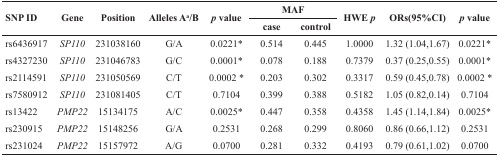
| <ROWSPAN=2> SNP ID | <ROWSPAN=2> Gene | <ROWSPAN=2> Position | <ROWSPAN=2> Alleles Aa/B | <ROWSPAN=2> p value | <COLSPAN=2> MAF | <ROWSPAN=2> HWE p | <ROWSPAN=2> ORs(95%CI) | <ROWSPAN=2> p value |
 | case | control |
 | --- | --- | --- | --- | --- | --- | --- | --- | --- | --- |
 | rs6436917 | SP110 | 231038160 | G/A | 0.0221* | 0.514 | 0.445 | 1.0000 | 1.32 (1.04,1.67) | 0.0221* |
 | rs4327230 | SP110 | 231046783 | G/C | 0.0001* | 0.078 | 0.188 | 0.7379 | 0.37 (0.25,0.55) | 0.0001* |
 | rs2114591 | SP110 | 231050569 | C/T | 0.0002 * | 0.203 | 0.302 | 0.3317 | 0.59 (0.45,0.78) | 0.0002 * |
 | rs7580912 | SP110 | 231081405 | C/T | 0.7104 | 0.399 | 0.388 | 0.5182 | 1.05 (0.82,0.14) | 0.7104 |
 | rs13422 | PMP22 | 15134175 | A/C | 0.0025* | 0.447 | 0.358 | 0.4358 | 1.45 (1.14,1.84) | 0.0025* |
 | rs230915 | PMP22 | 15148256 | G/A | 0.2531 | 0.268 | 0.299 | 0.8060 | 0.86 (0.66,1.12) | 0.2531 |
 | rs231024 | PMP22 | 15157972 | A/G | 0.0700 | 0.281 | 0.332 | 0.4193 | 0.79 (0.61,1.02) | 0.0700 |